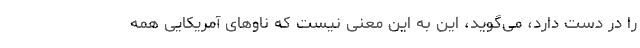
را در دست دارد، می‌گوید، این به این معنی نیست که ناوهای آمریکایی همه